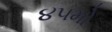
૪૫મો